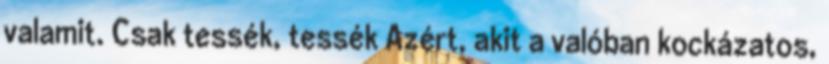
valamit. Csak tessék, tessék Azért, akit a valóban kockázatos,